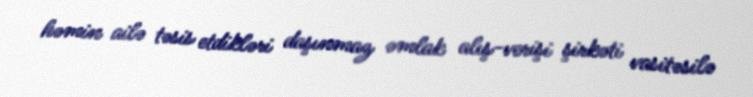
həmin ailə təsis etdikləri daşınmaz əmlak alış-verişi şirkəti vasitəsilə